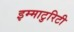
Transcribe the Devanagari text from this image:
इम्माटुरिटी